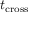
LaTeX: t _ { \mathrm { c r o s s } }